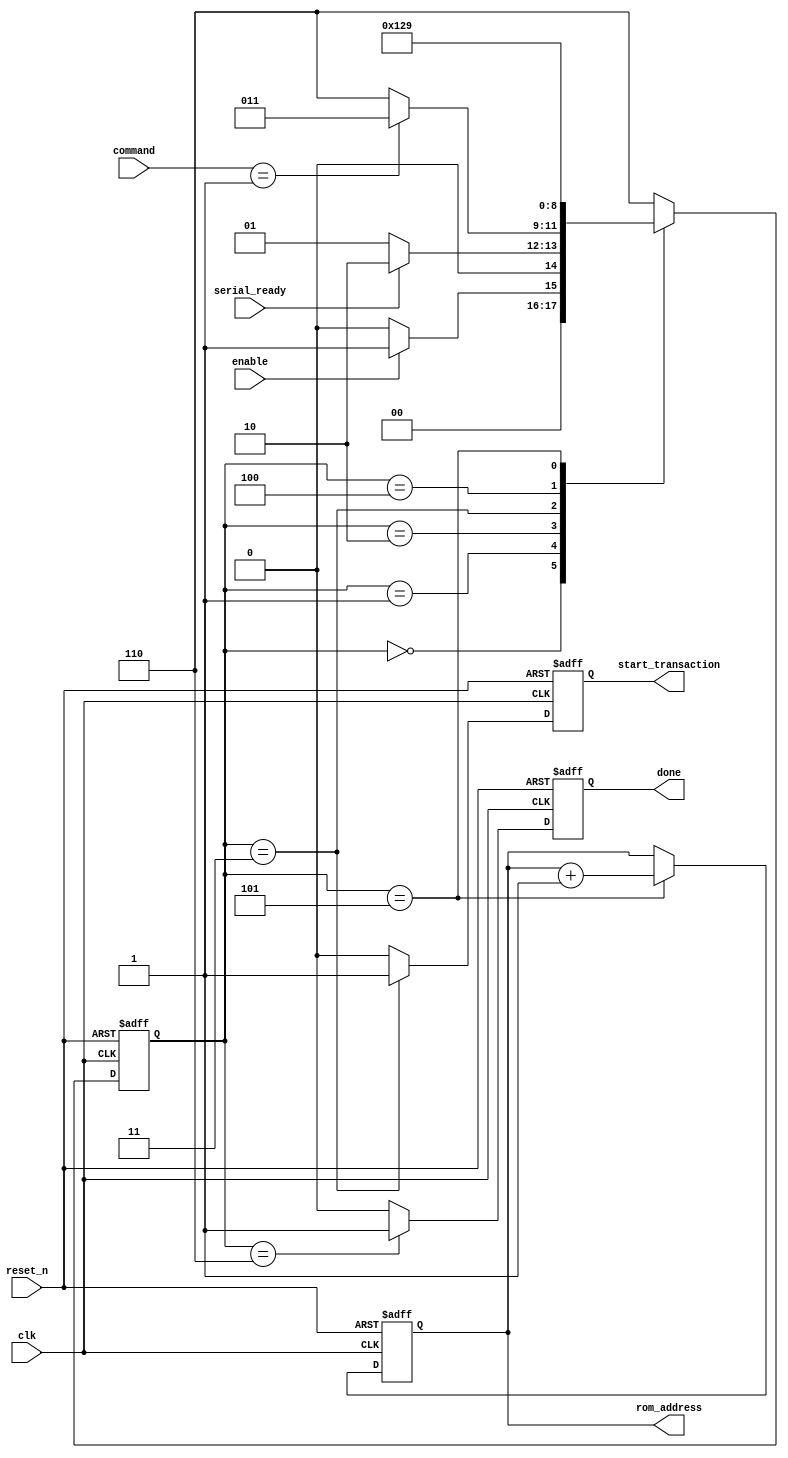
module afe_command_controller
       (
         input clk, reset_n,
         input enable,
         input serial_ready,
         input [ 3: 0 ] command,
         output [ 7: 0 ] rom_address,
         output start_transaction,
         output done
       );

// Controller commands from afe_command_rom
parameter
  COMMAND_TO_SEND = 4'b0001,
  SEQUENCE_DONE = 4'b0000;

// State machine parameterized states
parameter
  init_state = 3'd0,
  wait_state = 3'd1,
  fetch_state = 3'd2,
  trigger_state = 3'd3,
  delay_state = 3'd4,
  increment_state = 3'd5,
  done_state = 3'd6;

// State machine state storage
reg [ 2: 0 ] state, next_state;

// System outputs
reg start_transaction_reg, done_reg;
reg [ 7: 0 ] current_address;

assign start_transaction = start_transaction_reg;
assign done = done_reg;
assign rom_address = current_address;

// State machine control
always @( posedge clk or negedge reset_n ) begin
  if ( ~reset_n )
  begin
    state <= init_state;
  end else
  begin
    state <= next_state;
  end
end

// Combinational next-state calculation
always @( state, enable, serial_ready, command ) begin
  case ( state )
    init_state:
    begin
      if ( enable )
      begin
        // Once enabled, can wait for serial module to be ready
        next_state = wait_state;
      end else
      begin
        next_state = init_state;
      end
    end
    wait_state:
    begin
      if ( serial_ready )
      begin
        // When the serial is ready, fetch the next command
        next_state = fetch_state;
      end else
      begin
        next_state = wait_state;
      end
    end
    fetch_state:
    begin
      if ( command == COMMAND_TO_SEND )
      begin
        // With a valid command, trigger the serial module
        next_state = trigger_state;
      end else if ( command == SEQUENCE_DONE )
      begin
        next_state = done_state;
      end else
      begin
        // Terminate on invalid state machine command
        next_state = done_state;
      end
    end
    trigger_state:
    begin
      // Always transition to delay before incrementing
      next_state = delay_state;
    end
    delay_state:
    begin
      // Always transition to increment
      next_state = increment_state;
    end
    increment_state:
    begin
      // Always transition to wait for next serial_ready
      next_state = wait_state;
    end
    // done_state uses default
    default:
    begin
      next_state = done_state;
    end
  endcase
end

// Control all the outputs based on state machine
always @( posedge clk or negedge reset_n ) begin
  if ( ~reset_n )
  begin
    current_address <= 7'b0;
    start_transaction_reg <= 1'b0;
    done_reg <= 1'b0;
  end else
  begin
    // Control the current_address
    case ( state )
      increment_state:
      begin
        current_address <= current_address + 1'b1;
      end
      default:
      begin
        current_address <= current_address;
      end
    endcase

    // Control the start_transaction
    case ( state )
      trigger_state:
      begin
        start_transaction_reg <= 1'b1;
      end
      default:
      begin
        start_transaction_reg <= 1'b0;
      end
    endcase

    // Control the done
    case ( state )
      done_state:
      begin
        done_reg <= 1'b1;
      end
      default:
      begin
        done_reg <= 1'b0;
      end
    endcase
  end
end

endmodule